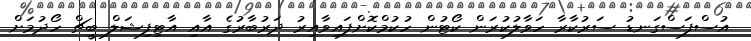
އުސްފަސްގަނޑު ސަރުކާރާ ހަވާލުކުރަން ކޯޓުން ހުކުމްކޮށްފައިވާއިރު ދަރުބާރުގެ އާއި އާޓިފިޝަލް ބީޗް ހޯދުމަށް